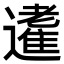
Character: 𨘝